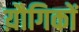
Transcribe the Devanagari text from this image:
य़ौगिकों